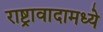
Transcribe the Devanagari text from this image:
राष्ट्रावादामध्ये